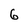
Character: 6